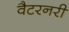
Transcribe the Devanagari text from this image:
वैटरनरी